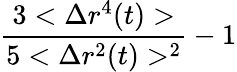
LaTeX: \frac{3<\Delta r^{4}(t)>}{5<\Delta r^{2}(t)>^{2}}-1